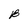
Character: B